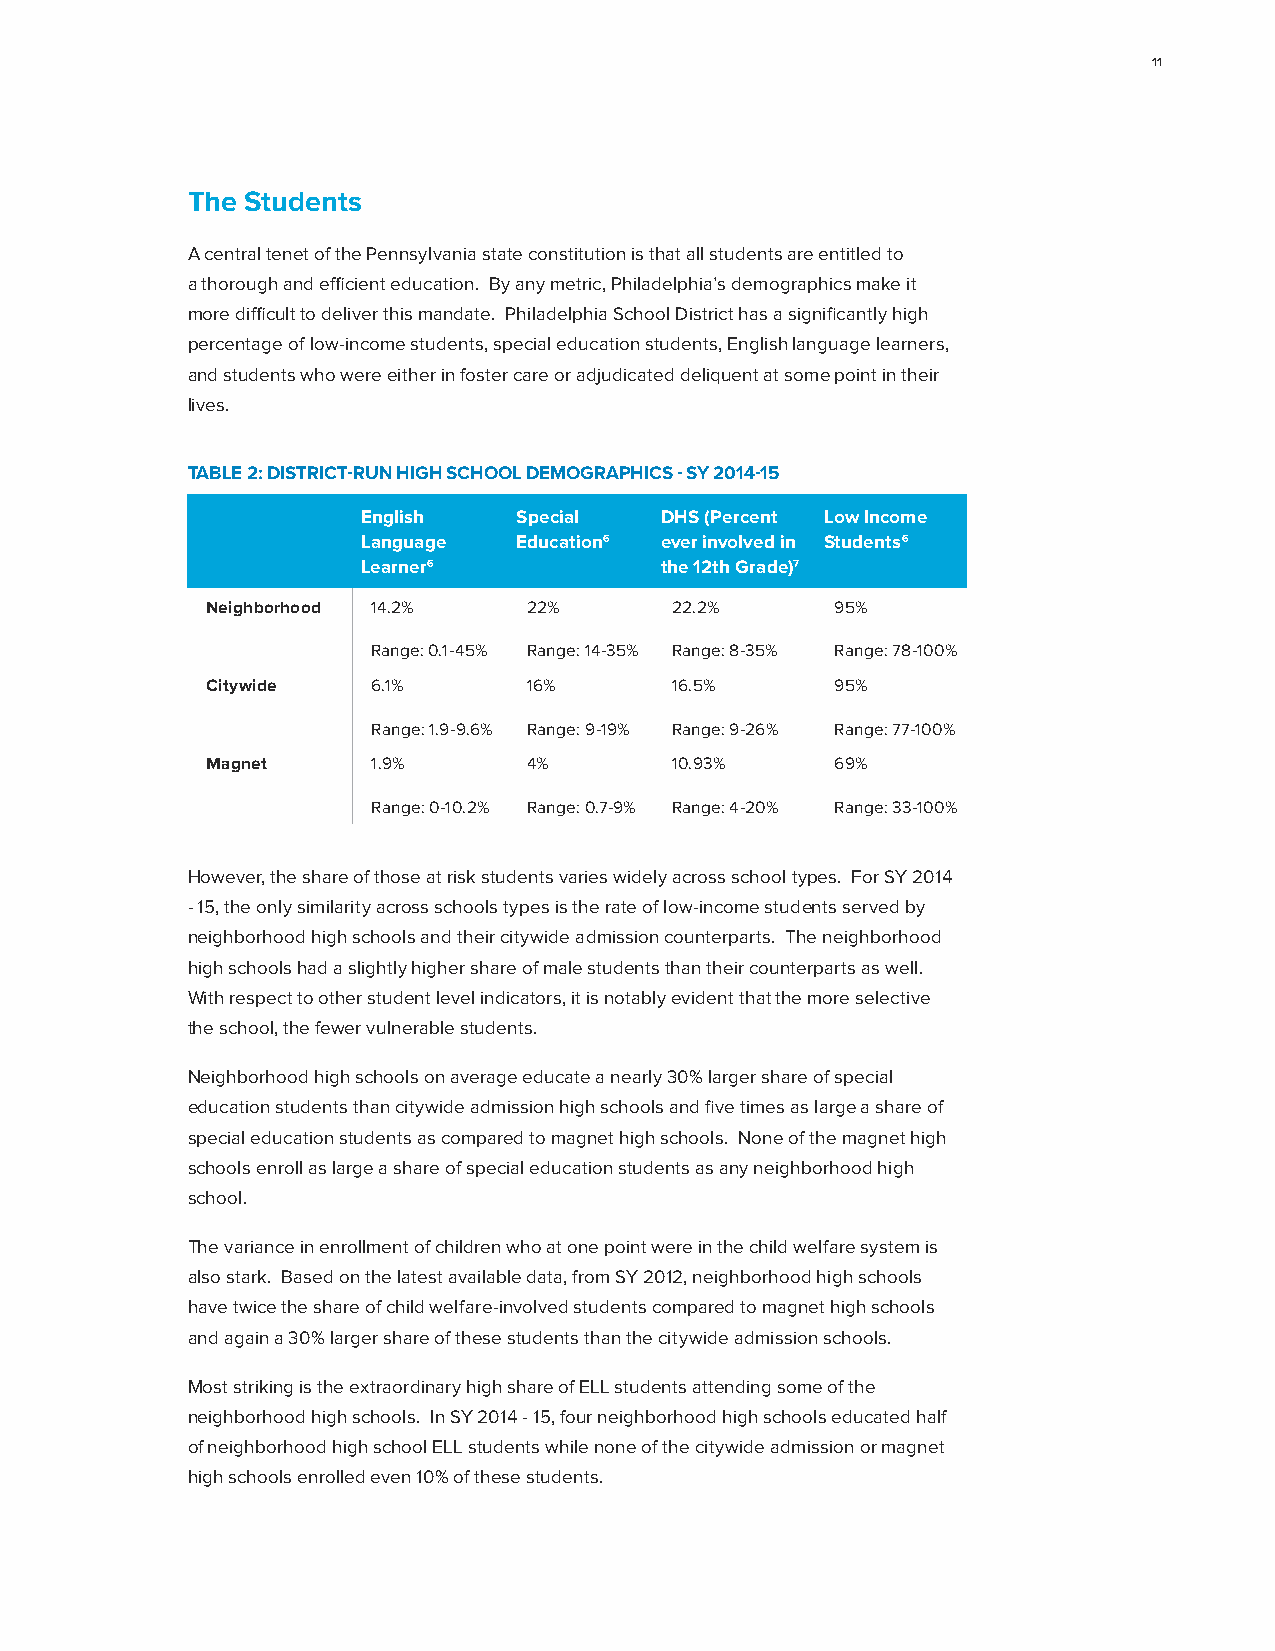
11
 The Students
 A central tenet of the Pennsylvania state constitution is that all students are entitled to
 a thorough and efficient education. By any metric, Philadelphia’s demographics make it
 more difficult to deliver this mandate. Philadelphia School District has a significantly high
 percentage of low-income students, special education students, English language learners,
 and students who were either in foster care or adjudicated deliquent at some point in their
 lives.
 TABLE 2: DISTRICT-RUN HIGH SCHOOL DEMOGRAPHICS - SY 2014-15
 English   Special   DHS (Percent Low Income
 Language  Education6 ever involved in Students6
 Learner6            the 12th Grade)7
 Neighborhood 14.2%   22%      22.2%      95%
 Range: 0.1-45% Range: 14-35% Range: 8-35% Range: 78-100%
 Citywide   6.1%      16%      16.5%      95%
 Range: 1.9-9.6% Range: 9-19% Range: 9-26% Range: 77-100%
 Magnet     1.9%      4%       10.93%     69%
 Range: 0-10.2% Range: 0.7-9% Range: 4-20% Range: 33-100%
 However, the share of those at risk students varies widely across school types. For SY 2014
 - 15, the only similarity across schools types is the rate of low-income students served by
 neighborhood high schools and their citywide admission counterparts. The neighborhood
 high schools had a slightly higher share of male students than their counterparts as well.
 With respect to other student level indicators, it is notably evident that the more selective
 the school, the fewer vulnerable students.
 Neighborhood high schools on average educate a nearly 30% larger share of special
 education students than citywide admission high schools and five times as large a share of
 special education students as compared to magnet high schools. None of the magnet high
 schools enroll as large a share of special education students as any neighborhood high
 school.
 The variance in enrollment of children who at one point were in the child welfare system is
 also stark. Based on the latest available data, from SY 2012, neighborhood high schools
 have twice the share of child welfare-involved students compared to magnet high schools
 and again a 30% larger share of these students than the citywide admission schools.
 Most striking is the extraordinary high share of ELL students attending some of the
 neighborhood high schools. In SY 2014 - 15, four neighborhood high schools educated half
 of neighborhood high school ELL students while none of the citywide admission or magnet
 high schools enrolled even 10% of these students.